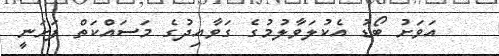
އަވަށު ބޯޑު އެކުލަވާލުމުގެ ގަވާއިދުގެ މަސައްކަތް ފަށަނީ